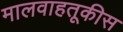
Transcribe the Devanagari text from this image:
मालवाहतूकीस